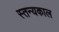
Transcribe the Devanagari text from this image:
स्तन्यकाल